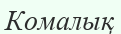
Комалық